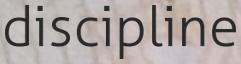
discipline